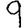
Digit: 9